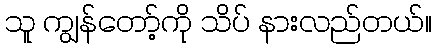
သူ ကျွန်တော့်ကို သိပ် နားလည်တယ်။